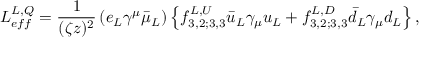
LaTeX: L _ { e f f } ^ { L , Q } = \frac { 1 } { ( \zeta z ) ^ { 2 } } \left( e _ { L } \gamma ^ { \mu } \bar { \mu } _ { L } \right) \left\{ f _ { 3 , 2 ; 3 , 3 } ^ { L , U } \bar { u } _ { L } \gamma _ { \mu } u _ { L } + f _ { 3 , 2 ; 3 , 3 } ^ { L , D } \bar { d } _ { L } \gamma _ { \mu } d _ { L } \right\} ,